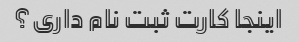
اینجا کارت ثبت نام داری؟